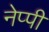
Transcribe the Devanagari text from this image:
नेप्पी